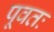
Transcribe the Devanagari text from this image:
पूवतः